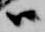
尉